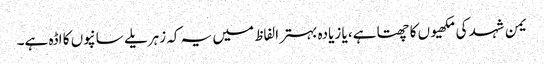
یمن شہد کی مکھیوں کا چھتا ہے، یا زیادہ بہتر الفاظ میں یہ کہ زہریلے سانپوں کا اڈہ ہے۔